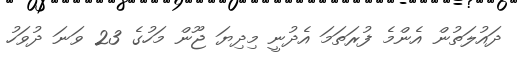
ދައުލަތުން އެންމެ ފުރަތަމަ އެދުނީ މިދިޔަ ޖޫން މަހުގެ 23 ވަނަ ދުވަހު